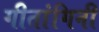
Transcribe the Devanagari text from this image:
गीतांगिनी